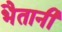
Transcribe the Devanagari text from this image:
भैतानी